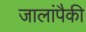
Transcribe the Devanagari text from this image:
जालांपैकी